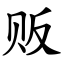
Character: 贩